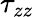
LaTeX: \tau_{zz}